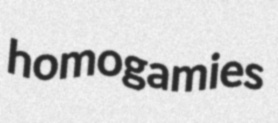
homogamies